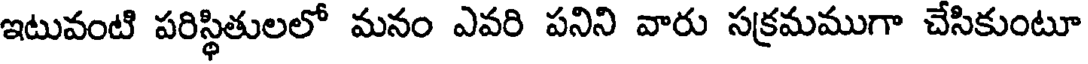
ఇటువంటి పరిస్థితులలో మనం ఎవరి పనిని వారు సక్రమముగా చేసికుంటూ